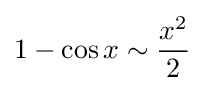
1-\cos x\sim {\frac {x^{2}}{2}}